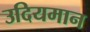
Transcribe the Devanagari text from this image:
उदियमान